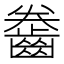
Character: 齤